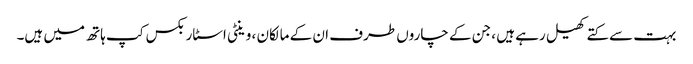
بہت سے کتے کھیل رہے ہیں ، جن کے چاروں طرف ان کے مالکان ، وینٹی اسٹاربکس کپ ہاتھ میں ہیں۔